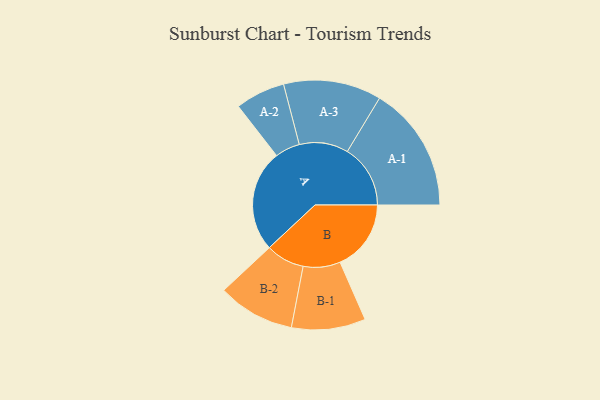
{"axis": {"x": "Segment", "y": "Value"}, "legend": ["", "A", "B"], "data": [{"x": "A", "y": 462, "type": ""}, {"x": "B", "y": 322, "type": ""}, {"x": "A-1", "y": 286, "type": "A"}, {"x": "A-2", "y": 113, "type": "A"}, {"x": "A-3", "y": 222, "type": "A"}, {"x": "B-1", "y": 168, "type": "B"}, {"x": "B-2", "y": 175, "type": "B"}]}